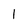
Character: I